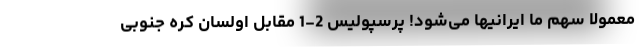
معمولاً سهم ما ایرانیها می‌شود! پرسپولیس 2-1 مقابل اولسان کره جنوبی